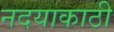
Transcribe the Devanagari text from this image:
नदयाकाठी